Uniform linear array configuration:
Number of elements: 4
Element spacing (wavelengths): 0.5
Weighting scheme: uniform
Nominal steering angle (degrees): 45
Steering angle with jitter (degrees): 44.042
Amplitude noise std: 0.05
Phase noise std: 0.05

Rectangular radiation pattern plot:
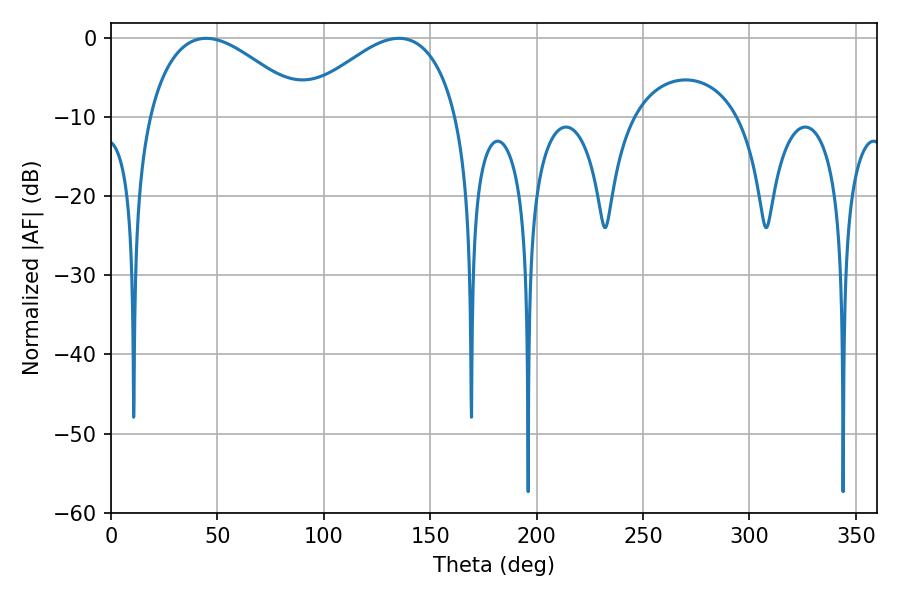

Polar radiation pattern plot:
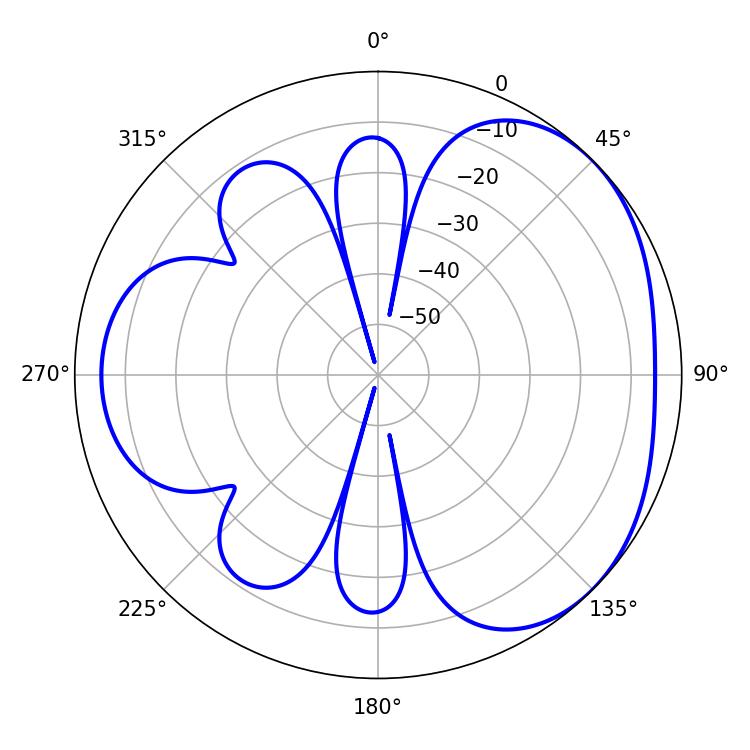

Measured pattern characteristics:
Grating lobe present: FALSE
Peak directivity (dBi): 3.43
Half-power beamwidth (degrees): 40.86
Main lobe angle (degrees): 44.64